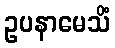
ဥပနာမေသိံ